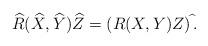
LaTeX: \begin{align*}\widehat{R}(\widehat{X},\widehat{Y})\widehat{Z}=(R(X,Y)Z)^{\,\widehat{}}.\end{align*}